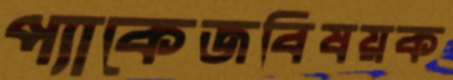
প্যাকেজবিষয়ক